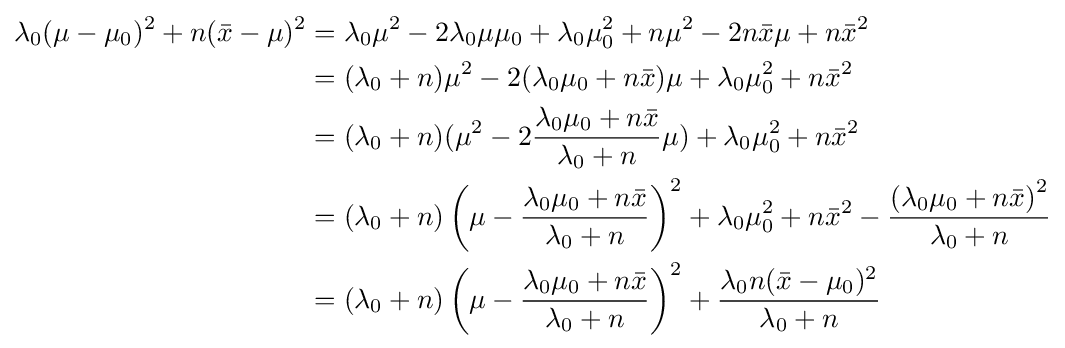
{\begin{aligned}\lambda _{0}(\mu -\mu _{0})^{2}+n({\bar {x}}-\mu )^{2}&=\lambda _{0}\mu ^{2}-2\lambda _{0}\mu \mu _{0}+\lambda _{0}\mu _{0}^{2}+n\mu ^{2}-2n{\bar {x}}\mu +n{\bar {x}}^{2}\\&=(\lambda _{0}+n)\mu ^{2}-2(\lambda _{0}\mu _{0}+n{\bar {x}})\mu +\lambda _{0}\mu _{0}^{2}+n{\bar {x}}^{2}\\&=(\lambda _{0}+n)(\mu ^{2}-2{\frac {\lambda _{0}\mu _{0}+n{\bar {x}}}{\lambda _{0}+n}}\mu )+\lambda _{0}\mu _{0}^{2}+n{\bar {x}}^{2}\\&=(\lambda _{0}+n)\left(\mu -{\frac {\lambda _{0}\mu _{0}+n{\bar {x}}}{\lambda _{0}+n}}\right)^{2}+\lambda _{0}\mu _{0}^{2}+n{\bar {x}}^{2}-{\frac {\left(\lambda _{0}\mu _{0}+n{\bar {x}}\right)^{2}}{\lambda _{0}+n}}\\&=(\lambda _{0}+n)\left(\mu -{\frac {\lambda _{0}\mu _{0}+n{\bar {x}}}{\lambda _{0}+n}}\right)^{2}+{\frac {\lambda _{0}n({\bar {x}}-\mu _{0})^{2}}{\lambda _{0}+n}}\end{aligned}}